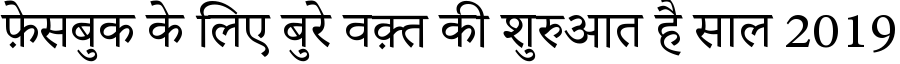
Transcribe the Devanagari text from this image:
फ़ेसबुक के लिए बुरे वक़्त की शुरुआत है साल 2019